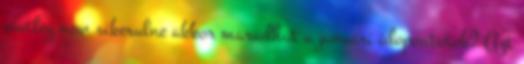
esetleg nem sikerulne akkor maradhat a januari idopontotok? Azt